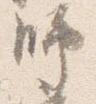
師